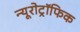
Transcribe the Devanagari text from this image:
न्यूरोट्रॉफिक